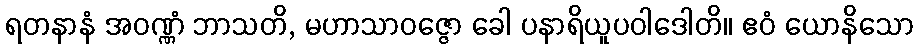
ရတနာနံ အဝဏ္ဏံ ဘာသတိ, မဟာသာဝဇ္ဇော ခေါ ပနာရိယူပဝါဒေါတိ။ ဧဝံ ယောနိသော